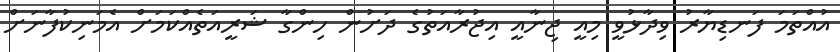
އުއްތަމަ ފަނޑިޔާރު ވިދާޅުވީ މިއީ ޖިނާއީ އިޖުރާއަތުގެ ދަށުން ހިންގާ ޝަރީއަތެއްކަމަށް އެމަނިކުފާނަށް